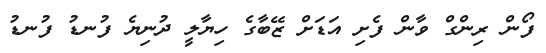
ފޯން ރިންގް ވާން ފެށި އަޑަށް ޒޭބާގެ ހިޔާލީ ދުނިޔެ ފުނޑު ފުނޑު